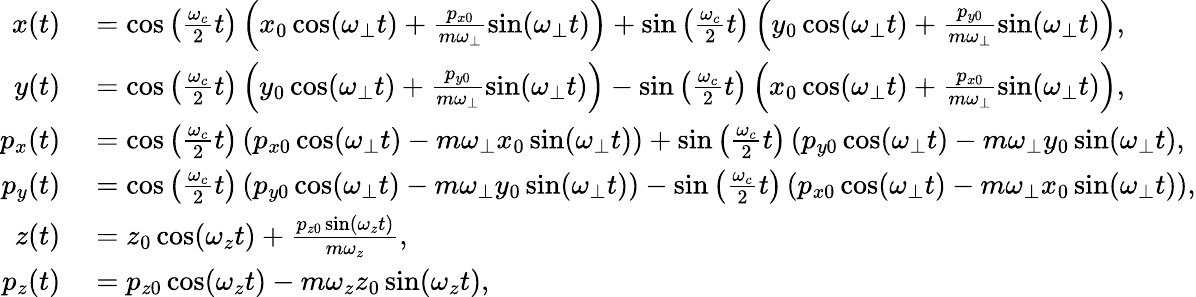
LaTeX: \begin{array}{rl}{x(t)}&{{}=\cos\left(\frac{\omega_{c}}{2}t\right)\left(x_{0}\cos(\omega_{\perp}t)+\frac{p_{x0}}{m\omega_{\perp}}\sin(\omega_{\perp}t)\right)+\sin\left(\frac{\omega_{c}}{2}t\right)\left(y_{0}\cos(\omega_{\perp}t)+\frac{p_{y0}}{m\omega_{\perp}}\sin(\omega_{\perp}t)\right),}\\ {y(t)}&{{}=\cos\left(\frac{\omega_{c}}{2}t\right)\left(y_{0}\cos(\omega_{\perp}t)+\frac{p_{y0}}{m\omega_{\perp}}\sin(\omega_{\perp}t)\right)-\sin\left(\frac{\omega_{c}}{2}t\right)\left(x_{0}\cos(\omega_{\perp}t)+\frac{p_{x0}}{m\omega_{\perp}}\sin(\omega_{\perp}t)\right),}\\ {p_{x}(t)}&{{}=\cos\left(\frac{\omega_{c}}{2}t\right)\left(p_{x0}\cos(\omega_{\perp}t)-m\omega_{\perp}x_{0}\sin(\omega_{\perp}t)\right)+\sin\left(\frac{\omega_{c}}{2}t\right)\left(p_{y0}\cos(\omega_{\perp}t)-m\omega_{\perp}y_{0}\sin(\omega_{\perp}t\right),}\\ {p_{y}(t)}&{{}=\cos\left(\frac{\omega_{c}}{2}t\right)\left(p_{y0}\cos(\omega_{\perp}t)-m\omega_{\perp}y_{0}\sin(\omega_{\perp}t)\right)-\sin\left(\frac{\omega_{c}}{2}t\right)\left(p_{x0}\cos(\omega_{\perp}t)-m\omega_{\perp}x_{0}\sin(\omega_{\perp}t)\right),}\\ {z(t)}&{{}=z_{0}\cos(\omega_{z}t)+\frac{p_{z0}\sin(\omega_{z}t)}{m\omega_{z}},}\\ {p_{z}(t)}&{{}=p_{z0}\cos(\omega_{z}t)-m\omega_{z}z_{0}\sin(\omega_{z}t),}\end{array}